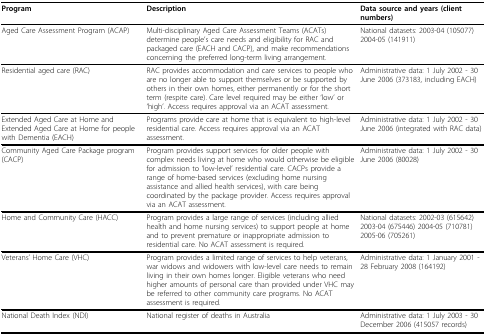
<table><thead><tr><td><b>Program</b></td><td><b>Description</b></td><td><b>Data source and years (client numbers)</b></td></tr></thead><tbody><tr><td>Aged Care Assessment Program (ACAP)</td><td>Multi-disciplinary Aged Care Assessment Teams (ACATs) determine people&#x27;s care needs and eligibility for RAC and packaged care (EACH and CACP), and make recommendations concerning the preferred long-term living arrangement.</td><td>National datasets: 2003-04 (105077) 2004-05 (141911)</td></tr><tr><td>Residential aged care (RAC)</td><td>RAC provides accommodation and care services to people who are no longer able to support themselves or be supported by others in their own homes, either permanently or for the short term (respite care). Care level required may be either &#x27;low&#x27; or &#x27;high&#x27;. Access requires approval via an ACAT assessment.</td><td>Administrative data: 1 July 2002 - 30 June 2006 (373183, including EACH)</td></tr><tr><td>Extended Aged Care at Home and Extended Aged Care at Home for people with Dementia (EACH)</td><td>Programs provide care at home that is equivalent to high-level residential care. Access requires approval via an ACAT assessment.</td><td>Administrative data: 1 July 2002 - 30 June 2006 (integrated with RAC data)</td></tr><tr><td>Community Aged Care Package program (CACP)</td><td>Program provides support services for older people with complex needs living at home who would otherwise be eligible for admission to &#x27;low-level&#x27; residential care. CACPs provide a range of home-based services (excluding home nursing assistance and allied health services), with care being coordinated by the package provider. Access requires approval via an ACAT assessment.</td><td>Administrative data: 1 July 2002 - 30 June 2006 (80028)</td></tr><tr><td>Home and Community Care (HACC)</td><td>Program provides a large range of services (including allied health and home nursing services) to support people at home and to prevent premature or inappropriate admission to residential care. No ACAT assessment is required.</td><td>National datasets: 2002-03 (615642) 2003-04 (675446) 2004-05 (710781) 2005-06 (705261)</td></tr><tr><td>Veterans&#x27; Home Care (VHC)</td><td>Program provides a limited range of services to help veterans, war widows and widowers with low-level care needs to remain living in their own homes longer. Eligible veterans who need higher amounts of personal care than provided under VHC may be referred to other community care programs. No ACAT assessment is required.</td><td>Administrative data: 1 January 2001 - 28 February 2008 (164192)</td></tr><tr><td>National Death Index (NDI)</td><td>National register of deaths in Australia</td><td>Administrative data: 1 July 2003 - 30 December 2006 (415057 records)</td></tr></tbody></table>